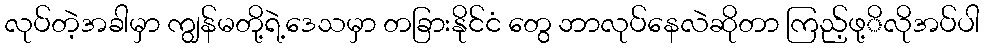
လုပ်တဲ့အခါမှာ ကျွန်မတို့ရဲ့ဒေသမှာ တခြားနိုင်ငံ တွေ ဘာလုပ်နေလဲဆိုတာ ကြည့်ဖု့ိလိုအပ်ပါ